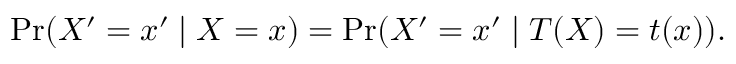
\operatorname* { P r } ( X ^ { \prime } = x ^ { \prime } \mid X = x ) = \operatorname* { P r } ( X ^ { \prime } = x ^ { \prime } \mid T ( X ) = t ( x ) ) .